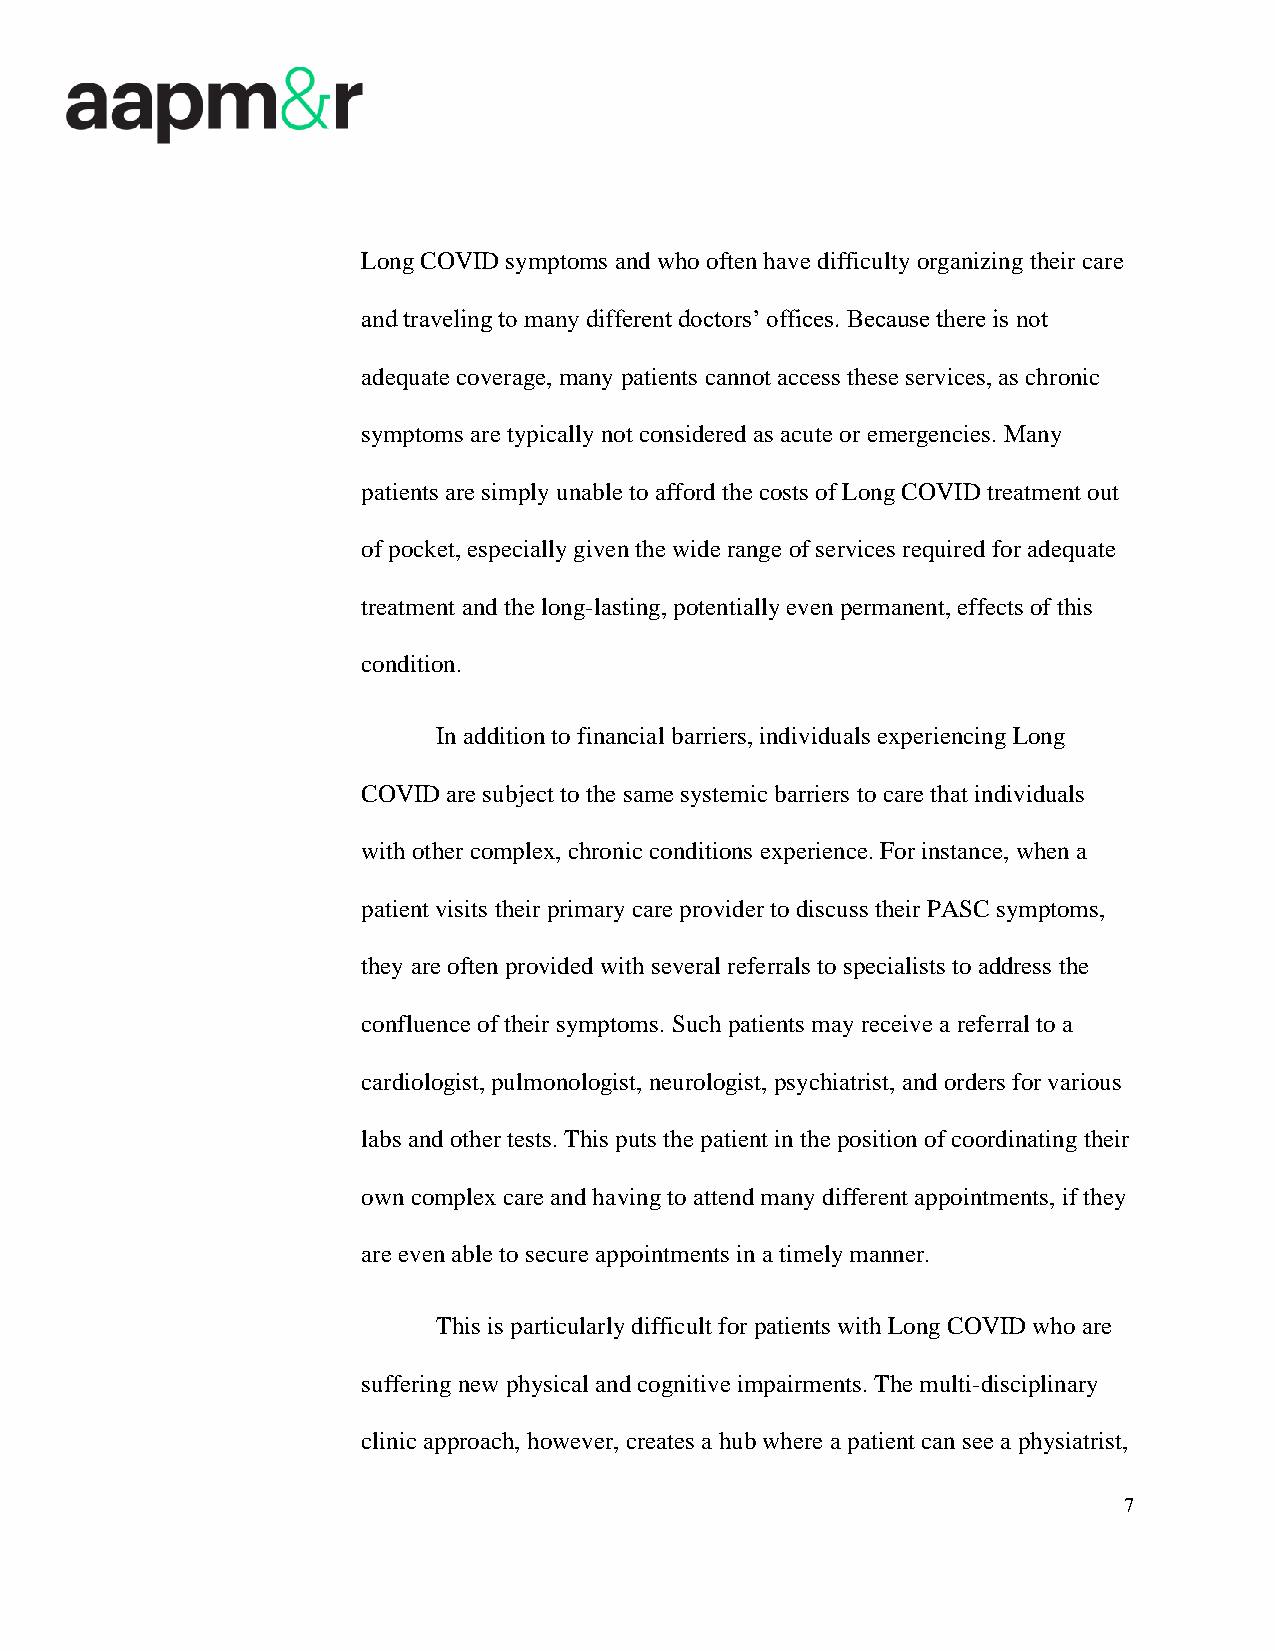
Long COVID symptoms and who often have difficulty organizing their care
 and traveling to many different doctors’ offices. Because there is not
 adequate coverage, many patients cannot access these services, as chronic
 symptoms are typically not considered as acute or emergencies. Many
 patients are simply unable to afford the costs of Long COVID treatment out
 of pocket, especially given the wide range of services required for adequate
 treatment and the long-lasting, potentially even permanent, effects of this
 condition.
 In addition to financial barriers, individuals experiencing Long
 COVID are subject to the same systemic barriers to care that individuals
 with other complex, chronic conditions experience. For instance, when a
 patient visits their primary care provider to discuss their PASC symptoms,
 they are often provided with several referrals to specialists to address the
 confluence of their symptoms. Such patients may receive a referral to a
 cardiologist, pulmonologist, neurologist, psychiatrist, and orders for various
 labs and other tests. This puts the patient in the position of coordinating their
 own complex care and having to attend many different appointments, if they
 are even able to secure appointments in a timely manner.
 This is particularly difficult for patients with Long COVID who are
 suffering new physical and cognitive impairments. The multi-disciplinary
 clinic approach, however, creates a hub where a patient can see a physiatrist,
 7